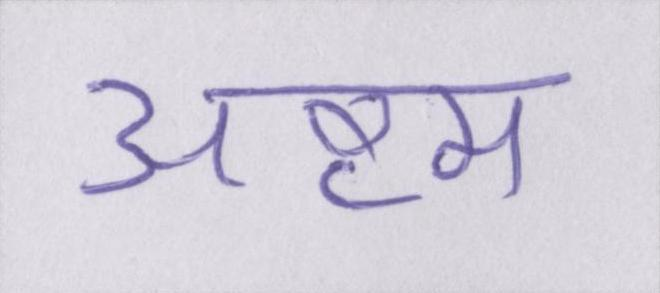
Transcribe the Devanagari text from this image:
अष्टम